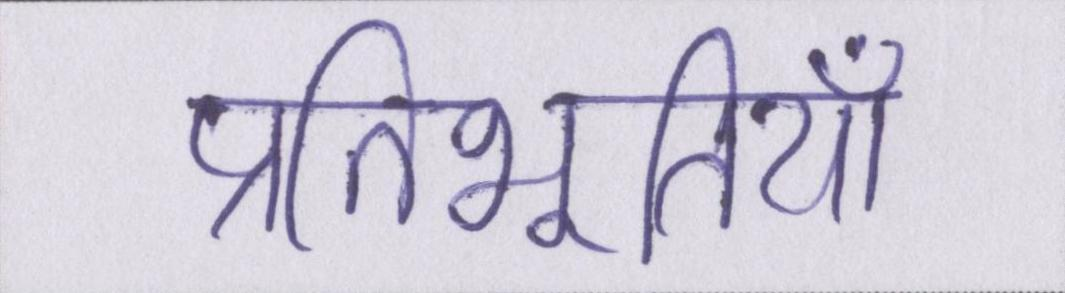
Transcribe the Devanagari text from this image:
प्रतिभूतियाँ